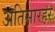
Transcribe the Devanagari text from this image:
अतिसारहर